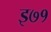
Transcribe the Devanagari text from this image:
इ७१